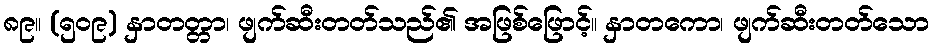
၈၉။ (၅၀၉) နှာတတ္တာ၊ ဖျက်ဆီးတတ်သည်၏ အဖြစ်ဖြောင့်။ နှာတကော၊ ဖျက်ဆီးတတ်သော